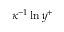
\kappa ^ { - 1 } \ln { y ^ { + } }